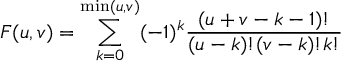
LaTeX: F ( u , v ) = \sum _ { k = 0 } ^ { \mathrm { m i n } ( u , v ) } ( - 1 ) ^ { k } \frac { ( u + v - k - 1 ) ! } { ( u - k ) ! ( v - k ) ! k ! }